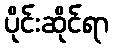
ပိုင်းဆိုင်ရာ